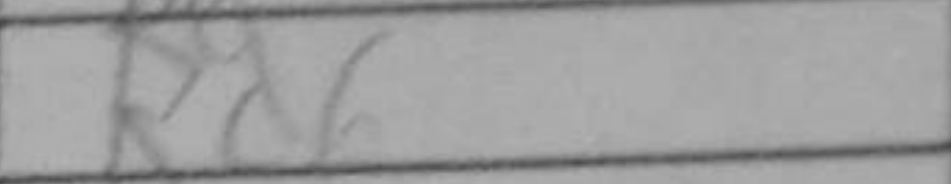
Transcription: Rd6